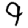
Digit: 9